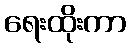
ရေးထိုးကာ